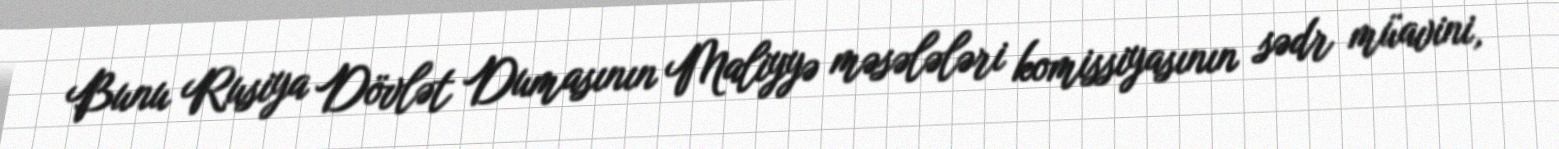
Bunu Rusiya Dövlət Dumasının Maliyyə məsələləri komissiyasının sədr müavini,